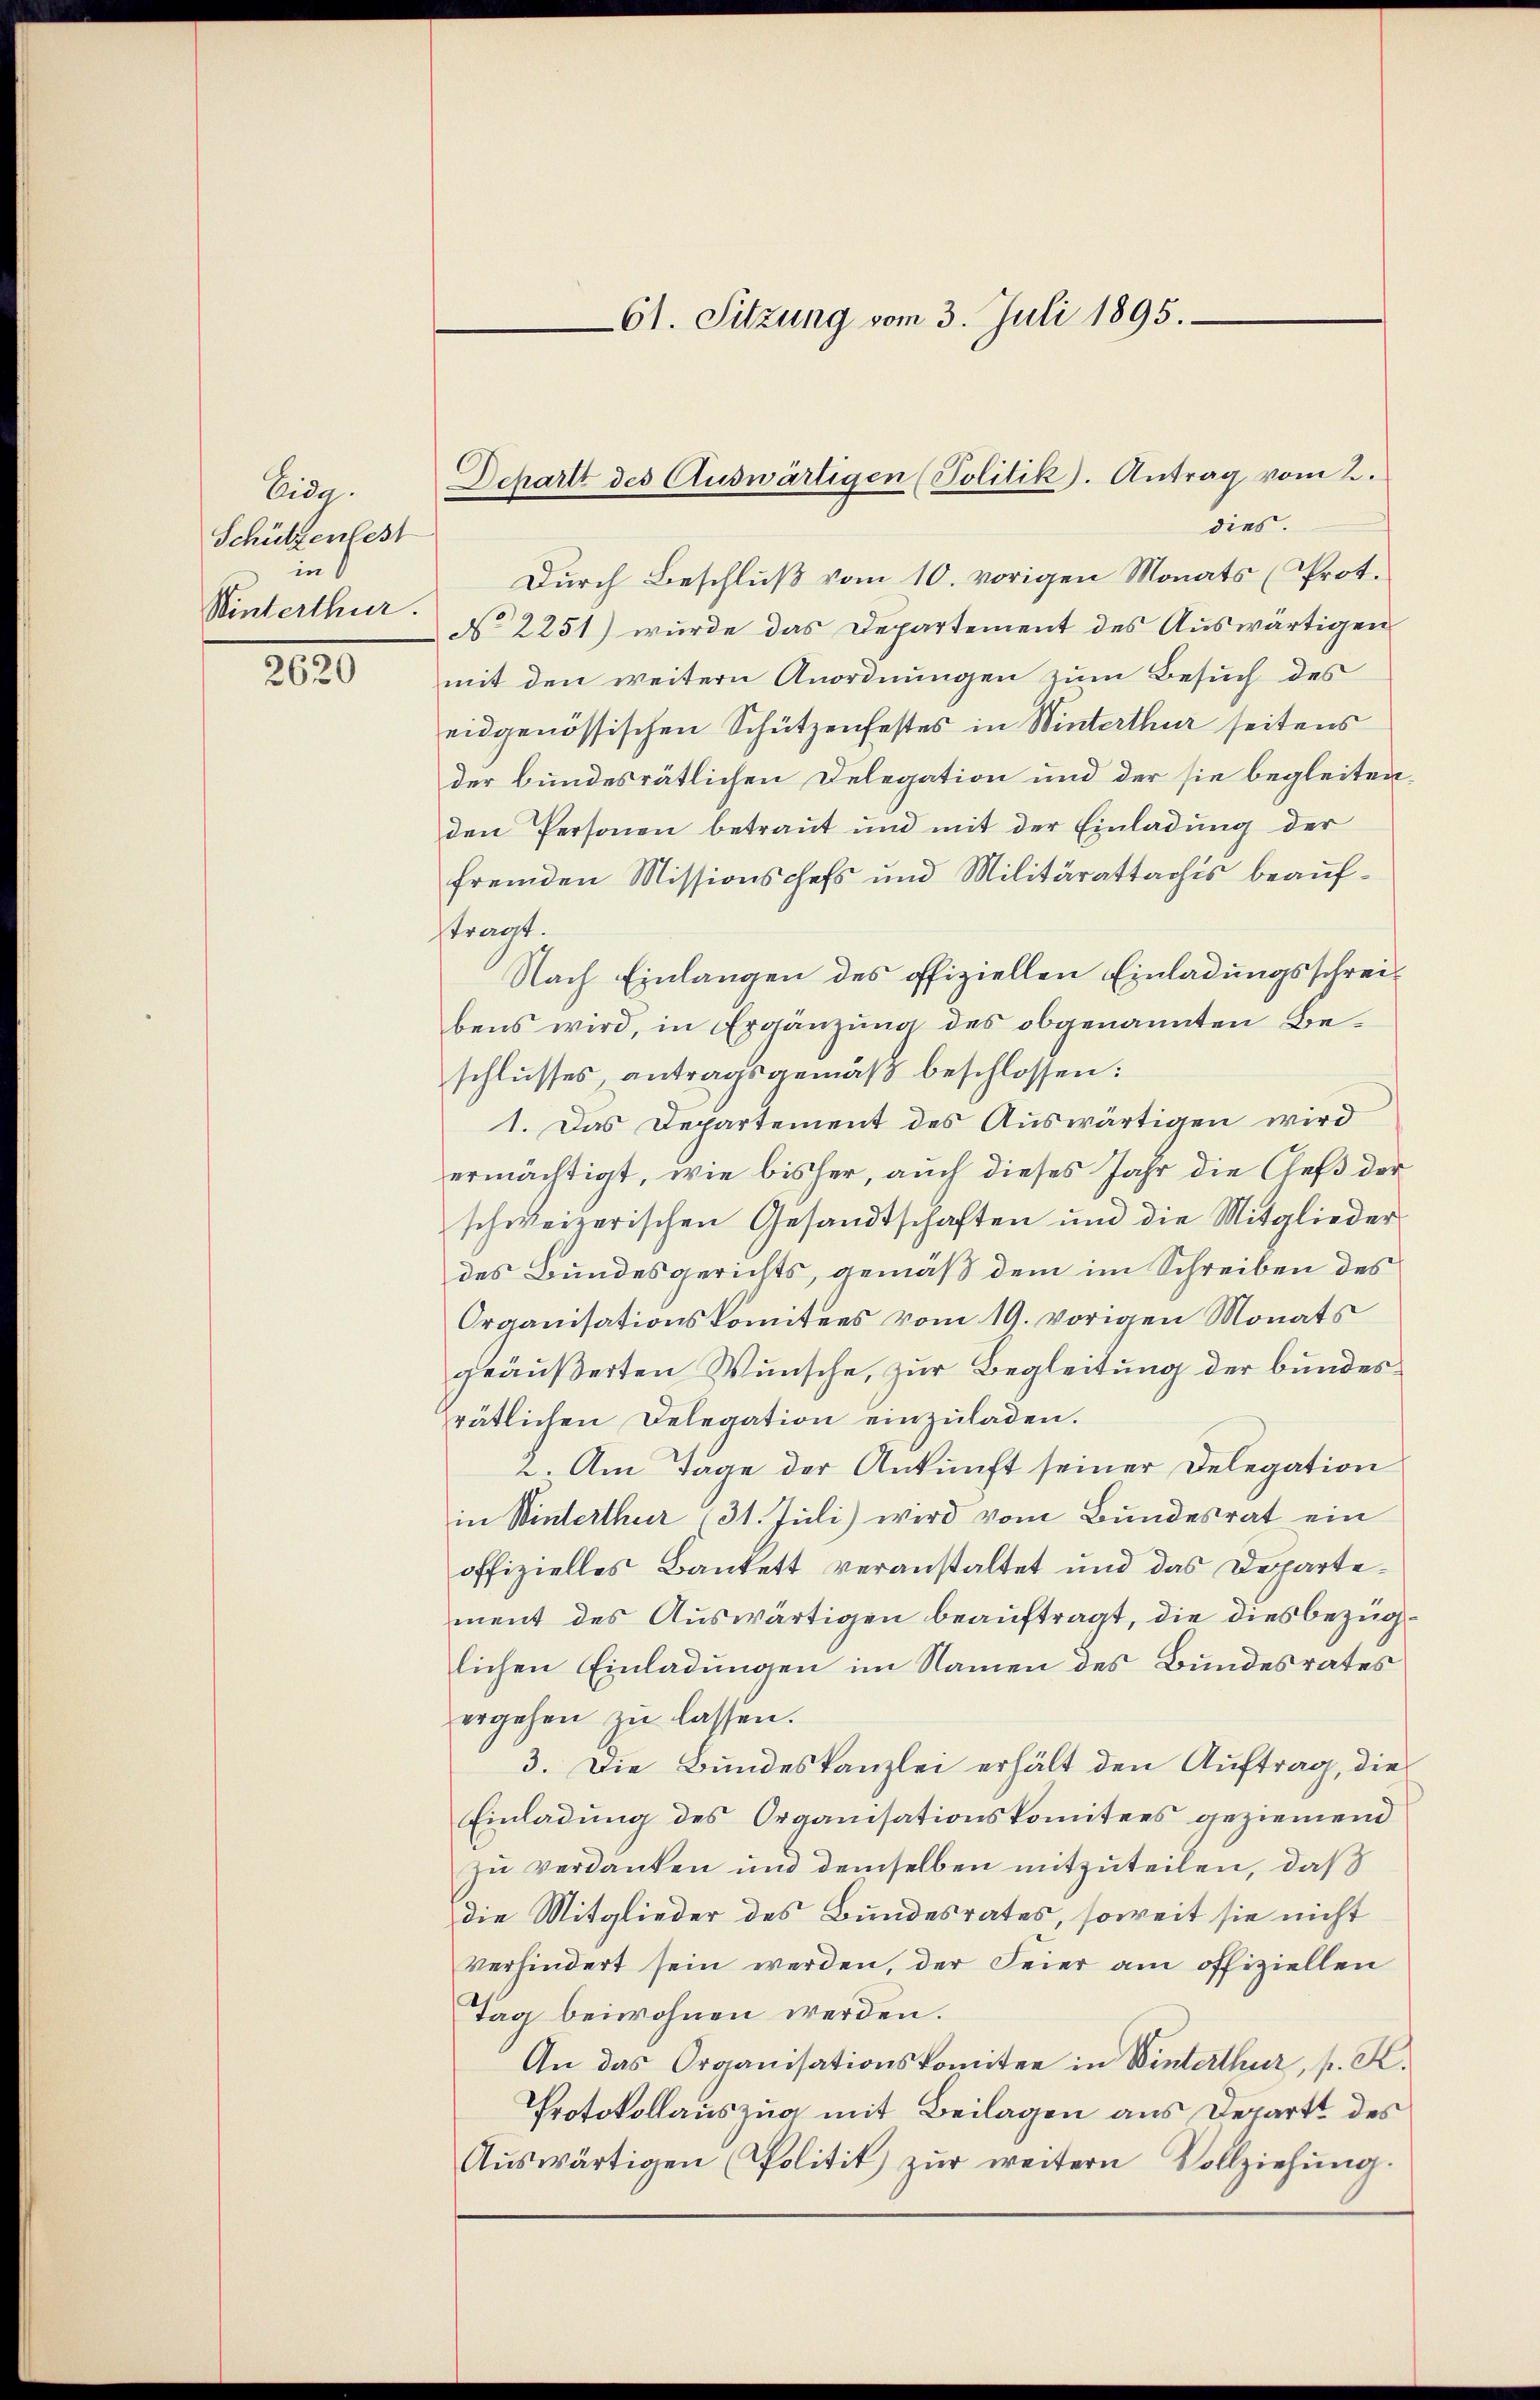
Eida.
Schützenfest
in
Winterthur.

2620

Durch Beschluß vom 10. vorigen Monats (Prot.
No 2251) wurde das Departement des Auswärtigen
mit den weitern Anordnungen zum Besuch des
eidgenössischen Schützenfestes in Winterthur seitens
der bundesrätlichen Delegation und der sie begleiten.
den Personen betraut und mit der Einladung der
fremden Missionschefs und Militärattachis beaufftragt.
Nach Einlangen des offiziellen Einladungsschreibens wird, in Ergänzung des obgenannten Beschlusses, antragsgemäß beschlossen:
1. Das Departement des Auswärtigen wird
ermächtigt, wie bisher, auch dieses Jahr die Ces der
schweizerischen Gesandtschaften und die Mitglieder
des Bundesgerichts, gemäß dem im Schreiben des
Organisationskomitees vom 19. vorigen Monats
geäußerten Wunsche, zur Begleitung der bundesrätlichen Delegation einzŭladen.
2. Am Tage der Ankunft seiner Delegation
in Winterthur (31. Juli) wird vom Bundesrat ein
offizielles Bankett veranstaltet und das Departement des Auswärtigen beauftragt, die diesbezüglichen Einladungen im Namen des Bundesrates
ergehen zu lassen.
3. Die Bundeskanzlei erhält den Auftrag, die
Einladung des Organisationskomitees geziemend
zu verdanken und demselben mitzuteilen, daß
die Mitglieder des Bundesrates, soweit sie nicht
verhindert sein werden, der Feier am offiziellen
Tag beiwohnen werden.
An das Organisationskomitee in Winterthur, p. K.
Protokollauszug mit Beilagen aus Depart des
Aŭswärtigen Politik zŭr weitern Vollziehŭng.

61. Sitzung vom 3. Juli 1895.

Dchartt des Auswärtigen (Politik. Antrag vom 2.
dies.